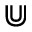
\Cup